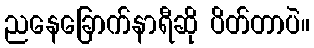
ညနေခြောက်နာရီဆို ပိတ်တာပဲ။